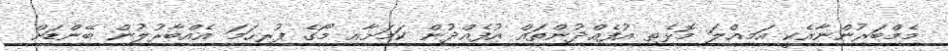
މެމްބަރުންނާއެކީ އަމިއްލަ މޮޅެތި އުފެއްދުންތައް އުފެއްދުން ކަމަށާއި މޯގެ ފުރިހަމަ އެއްބާރުލުން ބޭންޑަށް